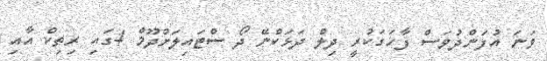
ވަނަ އުފަންދުވަސް ފާހަގަކުރީ ދިލް ދަޅަކްނޭ ދޯ ސްޓައިލަށްދޫމް 4ގައި ރިތިކް އާއި